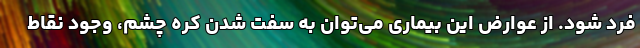
فرد شود. از عوارض این بیماری می‌توان به سفت شدن کره چشم، وجود نقاط